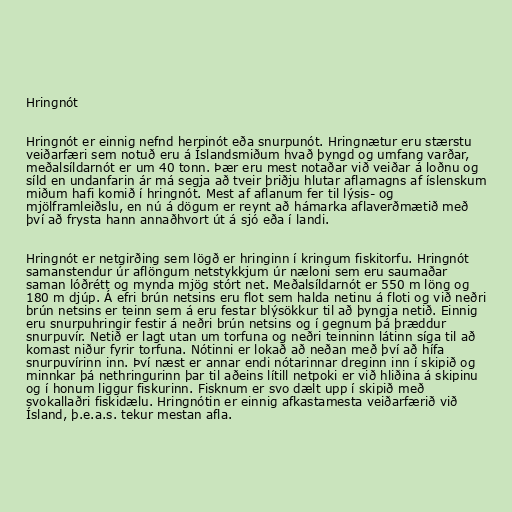
Hringnót

Hringnót er einnig nefnd herpinót eða snurpunót. Hringnætur eru stærstu
veiðarfæri sem notuð eru á Íslandsmiðum hvað þyngd og umfang varðar,
meðalsíldarnót er um 40 tonn. Þær eru mest notaðar við veiðar á loðnu og
síld en undanfarin ár má segja að tveir þriðju hlutar aflamagns af íslenskum
miðum hafi komið í hringnót. Mest af aflanum fer til lýsis- og
mjölframleiðslu, en nú á dögum er reynt að hámarka aflaverðmætið með
því að frysta hann annaðhvort út á sjó eða í landi.

Hringnót er netgirðing sem lögð er hringinn í kringum fiskitorfu. Hringnót
samanstendur úr aflöngum netstykkjum úr næloni sem eru saumaðar
saman lóðrétt og mynda mjög stórt net. Meðalsíldarnót er 550 m löng og
180 m djúp. Á efri brún netsins eru flot sem halda netinu á floti og við neðri
brún netsins er teinn sem á eru festar blýsökkur til að þyngja netið. Einnig
eru snurpuhringir festir á neðri brún netsins og í gegnum þá þræddur
snurpuvír. Netið er lagt utan um torfuna og neðri teinninn látinn síga til að
komast niður fyrir torfuna. Nótinni er lokað að neðan með því að hífa
snurpuvírinn inn. Því næst er annar endi nótarinnar dreginn inn í skipið og
minnkar þá nethringurinn þar til aðeins lítill netpoki er við hliðina á skipinu
og í honum liggur fiskurinn. Fisknum er svo dælt upp í skipið með
svokallaðri fiskidælu. Hringnótin er einnig afkastamesta veiðarfærið við
Ísland, þ.e.a.s. tekur mestan afla.